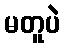
မတူပဲ